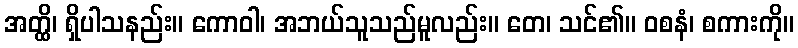
အတ္ထိ၊ ရှိပါသနည်း။ ကောဝါ၊ အဘယ်သူသည်မူလည်း။ တေ၊ သင်၏။ ဝစနံ၊ စကားကို။